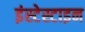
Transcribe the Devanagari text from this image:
इंस्टेस्टाइन